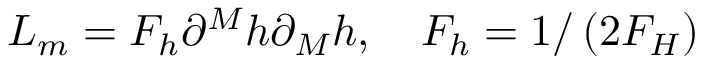
L _ { m } = F _ { h } \partial ^ { M } h \partial _ { M } h , \quad F _ { h } = 1 / \left( 2 F _ { H } \right)